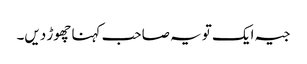
جیہ ایک تو یہ صاحب کہنا چھوڑ دیں۔